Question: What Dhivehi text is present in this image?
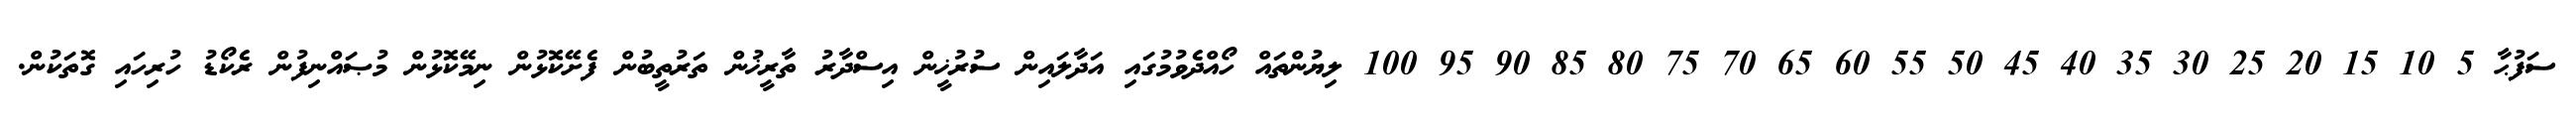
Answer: ސަފުޙާ 5 10 15 20 25 30 35 40 45 50 55 60 65 70 75 80 85 90 95 100 ލިޔުންތައް ހޯއްދެވުމުގައި އަދާލައިން ސުރުޚީން އިސްދާރު ތާރީޚުން ތަރުތީބުން ފެށޭކޮޅުން ނިމޭކޮޅުން މުޞައްނިފުން ރެކޯޑު ހުރިހައި ގޮތަކުން.